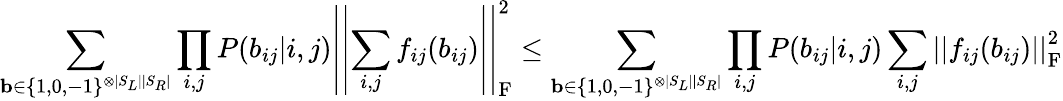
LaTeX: \sum_{\mathbf{b}\in\{ 1,0,-1\} ^{\otimes|S_{L}||S_{R}|}}\prod_{i,j}P(b_{ij}|i,j)\left|\left|\sum_{i,j}f_{ij}(b_{ij})\right|\right|_{\mathrm{F}}^{2}\le\sum_{\mathbf{b}\in\{ 1,0,-1\} ^{\otimes|S_{L}||S_{R}|}}\prod_{i,j}P(b_{ij}|i,j)\sum_{i,j}\left|\left|f_{ij}(b_{ij})\right|\right|_{\mathrm{F}}^{2}